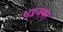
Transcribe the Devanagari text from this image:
अप्रजका